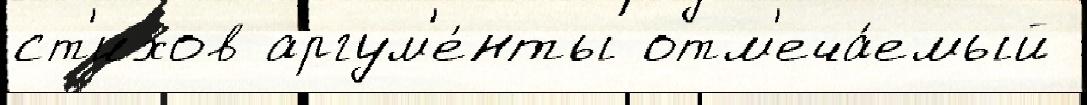
ст'ихов аргум'е́нты отм'еча́емый